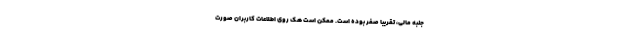
جنبه مالی، تقریبا صفر بوده است. ممکن است هک روی اطلاعات کاربران صورت